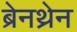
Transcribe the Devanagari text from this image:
ब्रेनथ्रेन